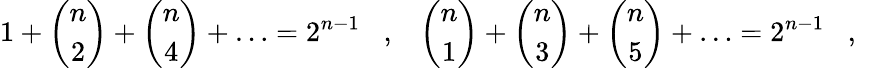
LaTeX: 1+\left(\begin{array}{c}{{n}}\\ {{2}}\end{array}\right)+\left(\begin{array}{c}{{n}}\\ {{4}}\end{array}\right)+\ldots=2^{n-1}\, \, \, \, \, ,\, \, \, \, \, \left(\begin{array}{c}{{n}}\\ {{1}}\end{array}\right)+\left(\begin{array}{c}{{n}}\\ {{3}}\end{array}\right)+\left(\begin{array}{c}{{n}}\\ {{5}}\end{array}\right)+\ldots=2^{n-1}\, \, \, \, \, ,\, \, \, \, \,